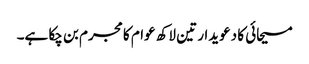
مسیحائی کا دعویدار تین لاکھ عوام کا مجرم بن چکا ہے۔